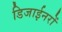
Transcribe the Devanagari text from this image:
डिजाईनरों